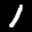
Label: 1